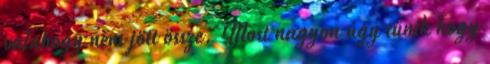
valahogy nem jött össze. Most nagyon úgy tűnik hogy